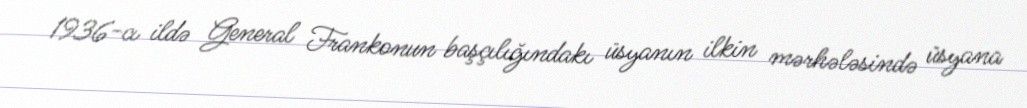
1936-cı ildə General Frankonun başçılığındakı üsyanın ilkin mərhələsində üsyana